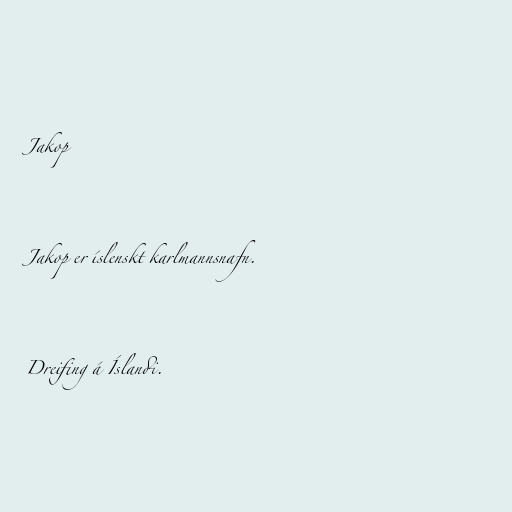
Jakop

Jakop er íslenskt karlmannsnafn.

Dreifing á Íslandi.